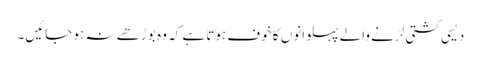
دیسی کشتی لڑنے والے پہلوانوں کا خوف ہوتا ہے کہ وہ بوڑھے نہ ہو جائیں۔